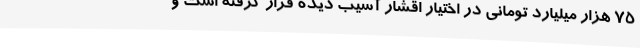
75 هزار میلیارد تومانی در اختیار اقشار آسیب دیده قرار گرفته است و